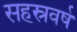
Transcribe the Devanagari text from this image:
सहस्रवर्ष